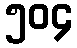
၅၀၄